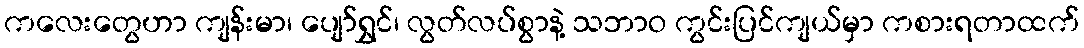
ကလေးတွေဟာ ကျန်းမာ၊ ပျော်ရွှင်၊ လွတ်လပ်စွာနဲ့ သဘာဝ ကွင်းပြင်ကျယ်မှာ ကစားရတာထက်